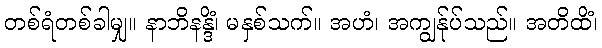
တစ်ရံတစ်ခါမျှ။ နာဘိနန္ဒိံ၊ မနှစ်သက်။ အဟံ၊ အကျွန်ုပ်သည်။ အတိထိံ၊